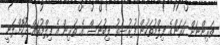
ތަރިންނަށް ކަރަންގެ ފިލްމުތަކުން ފުރުސަތު ލިބުނަސް އެ ތަރިން އެ ފިލްމުތައް ދޫކޮށްލަނީ